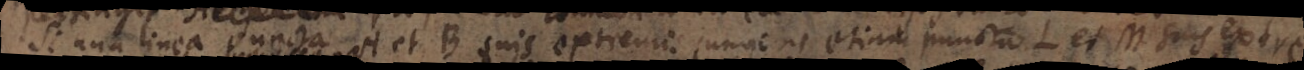
Si una linea puncta _ et B suis extremis jungens etiam puncta L et M suis extre